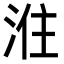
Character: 𭰠